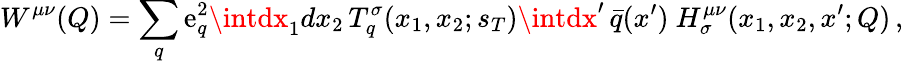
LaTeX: W^{\mu\nu}(Q)=\sum_{q}\mathrm{e}_{q}^{2}\intdx_{1}dx_{2}\, T_{q}^{\sigma}(x_{1},x_{2};s_{T})\intdx^{\prime}\, \bar{{q}}(x^{\prime})\ H_{\sigma}^{\mu\nu}(x_{1},x_{2},x^{\prime};Q)\, ,